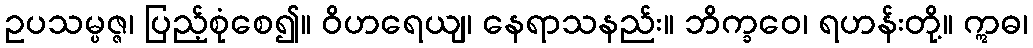
ဥပသမ္ပဇ္ဇ၊ ပြည့်စုံစေ၍။ ဝိဟရေယျ၊ နေရာသနည်း။ ဘိက္ခဝေ၊ ရဟန်းတို့။ ဣဓ၊